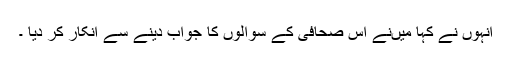
انہوں نے کہا میںنے اس صحافی کے سوالوں کا جواب دینے سے انکار کر دیا ۔